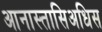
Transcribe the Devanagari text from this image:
आनास्तासिअधिस